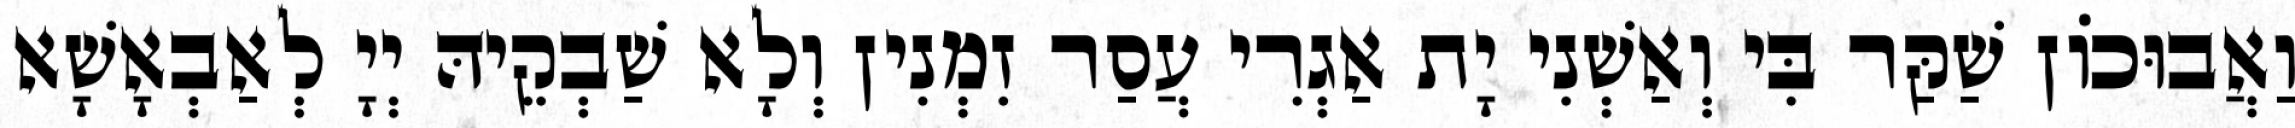
וַאֲבוּכוֹן שַׁקַּר בִּי וְאַשְׁנִי יָת אַגְרִי עֲסַר זִמְנִין וְלָא שַׁבְקֵיהּ יְיָ לְאַבְאָשָׁא